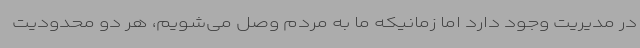
در مدیریت وجود دارد اما زمانیکه ما به مردم وصل می‌شویم، هر دو محدودیت